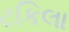
ટકિલા